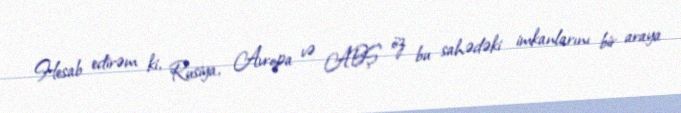
Hesab edirəm ki, Rusiya, Avropa və ABŞ öz bu sahədəki imkanlarını bir araya